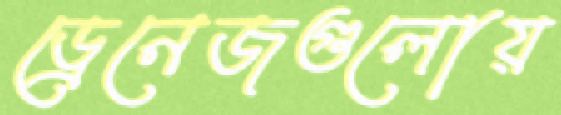
ড্রেনেজগুলোয়